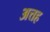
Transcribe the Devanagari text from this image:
अत्तह